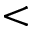
<